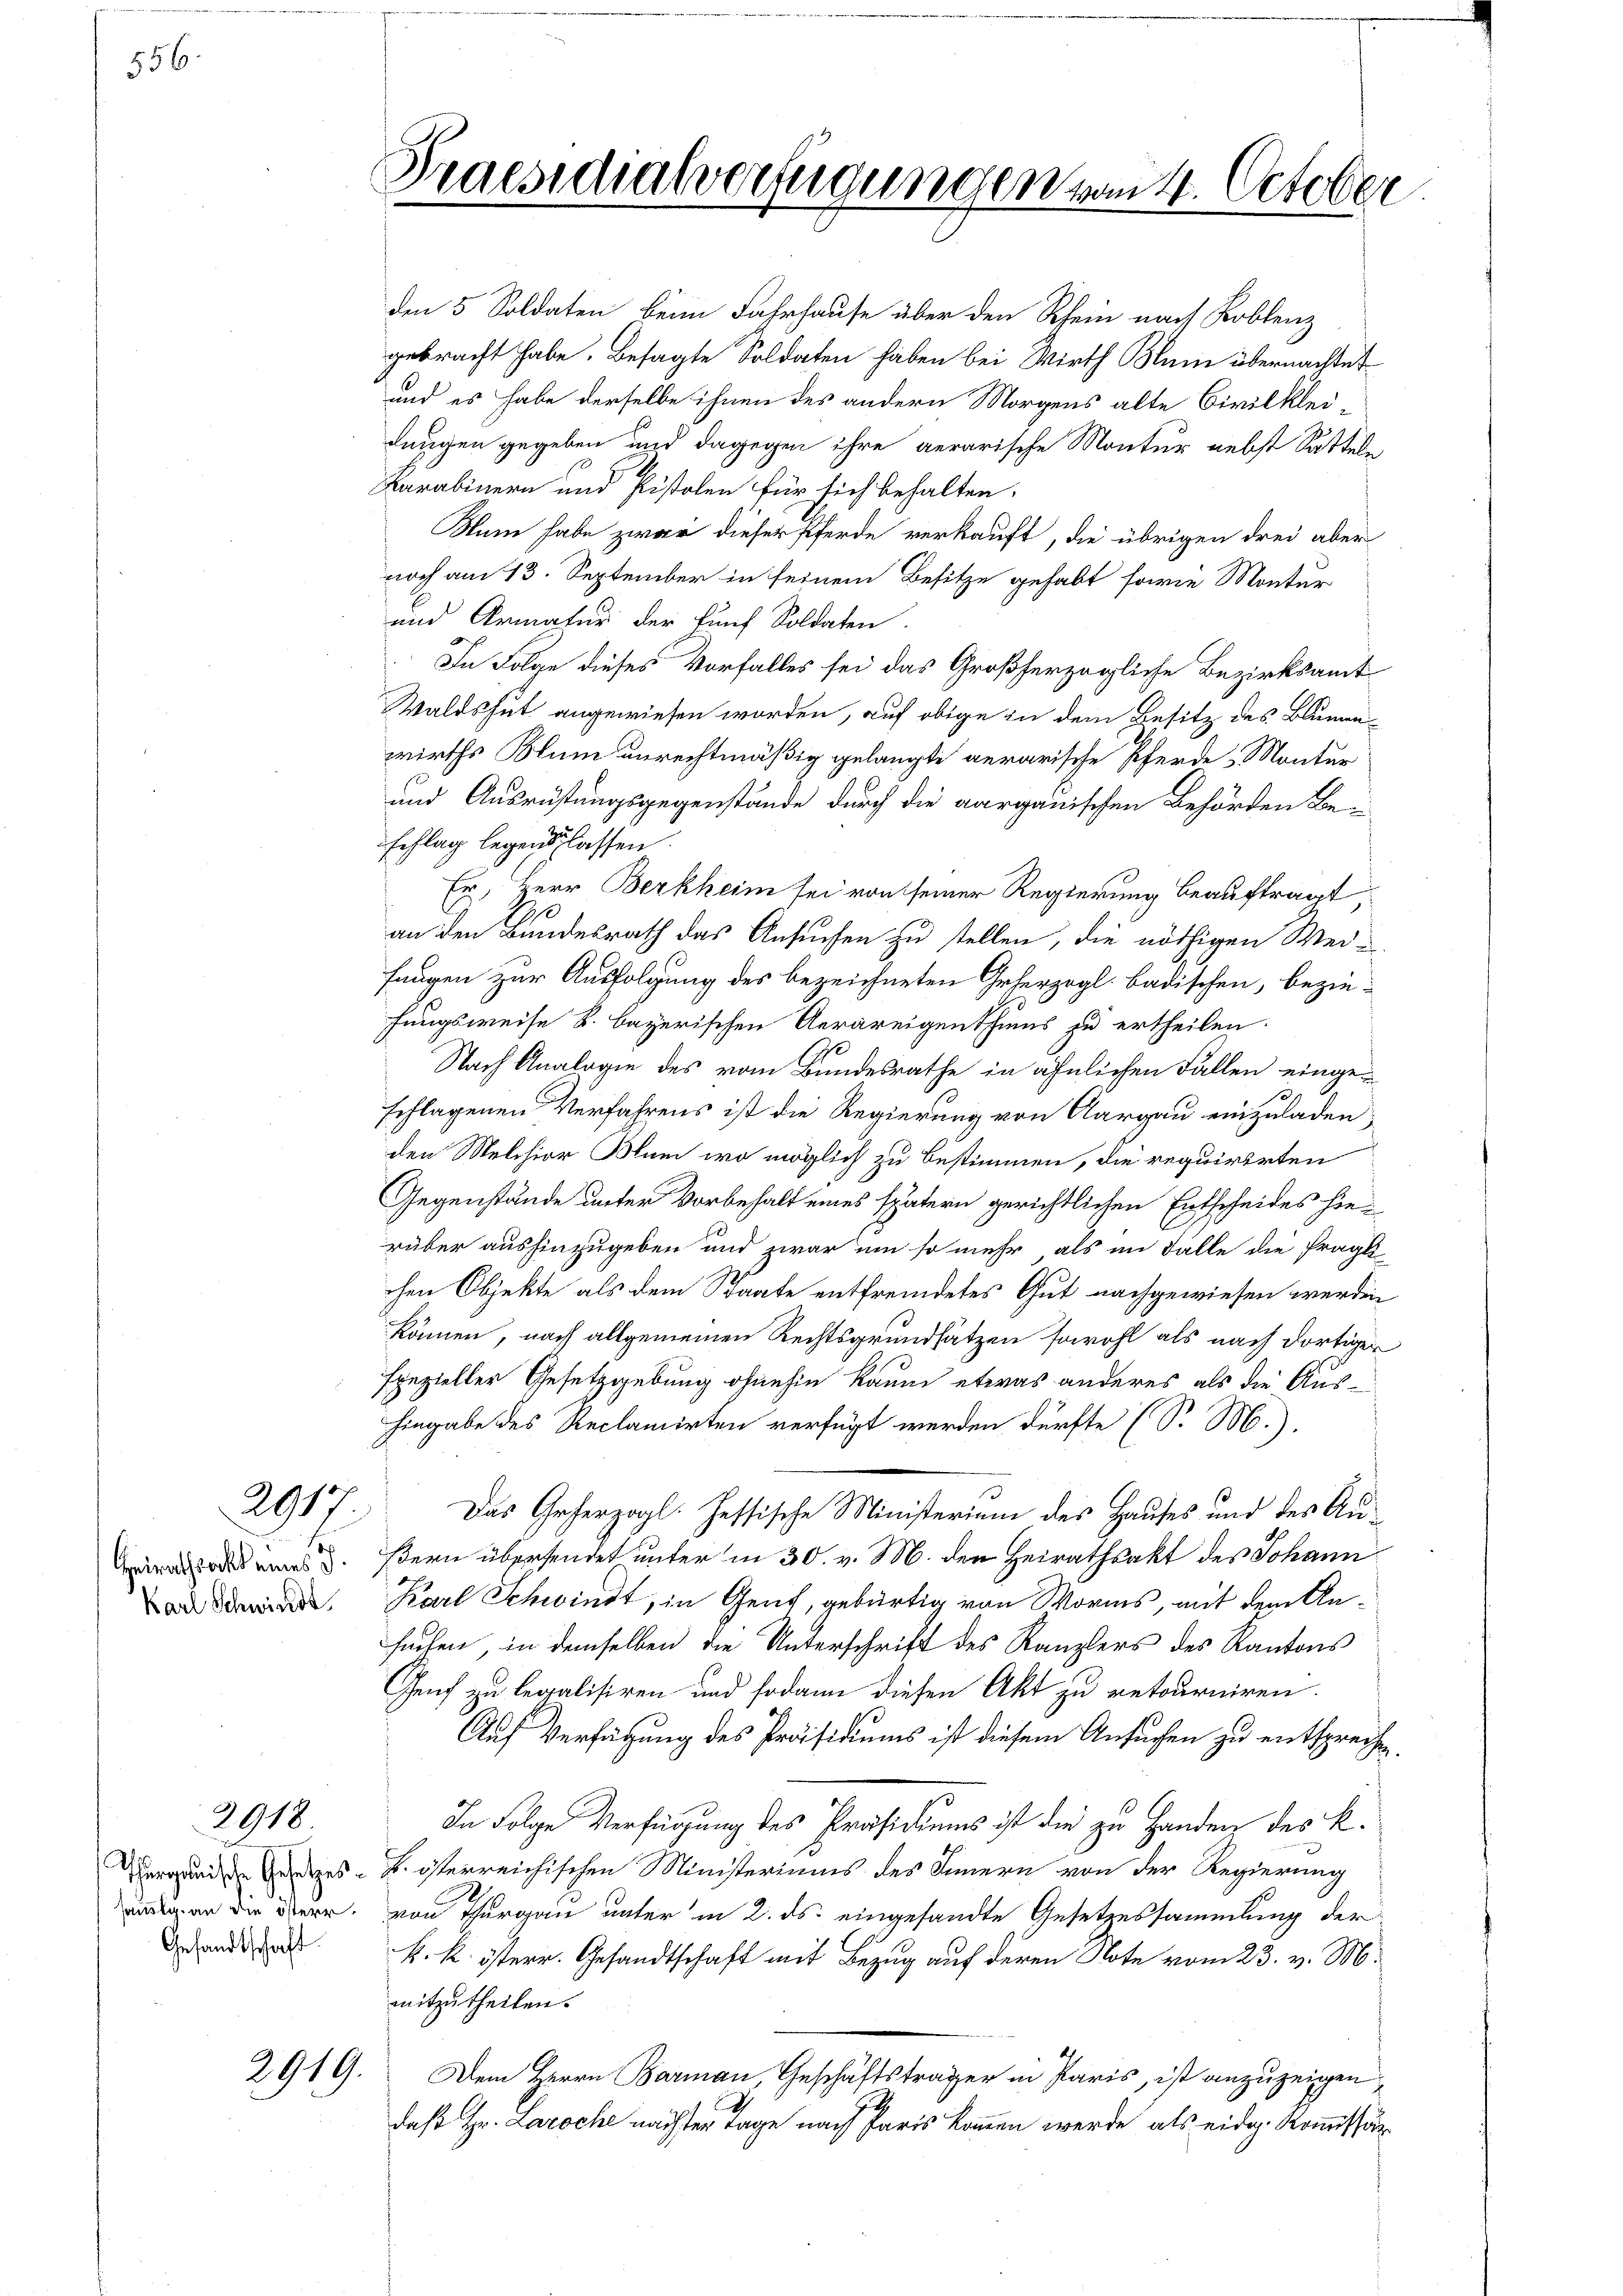
556.

2917.

Karl Schwinde

2918

Gesandtschaft

2919.

Praesidialverfügungen vom 4. October
f

den 5 Soldaten beim Fahrhause über den Rhein nach Koblenz
gebracht habe. Besagte Soldaten haben bei Wirth Blum übernachtet
und es habe derselbe ihnen des andern Morgens alte Civilkleilungen gegeben und dagegen ihre aerarische Montur nebst Satteln
Karabinern und Pistolen für sich behalten.
Kum habe zwar dieser Pferde verkauft, die übrigen drei aber
noch am 13. September in seinem Besitze gehabt, sowie Montur
und Armater der fünf Soldaten.
In Folge dieses Vorfalles sei das Großherzogliche Bezirksamt
Waldshut angewiesen worden, auf obige in dem Besitz des Blumenwirths Blum unrechtmäßig gelangte aerarische Pferde Montur
und Ausrüstungsgegenstände durch die aargauischen Behörden Be-
schlag legenschlassen.
Er, Herr Berkheim sei von seiner Regierung beauftragt,
1
an den Bundesrath das Ansuchen zu stellen, die nöthigen Wei-
fangen zur Ausfolgung des bezeichneten Geherzogl. badischen, beziefungsweise k. bayerischen Aerareigenthums zu ertheilen.
Nach Analogie des vom Bundesrathe in ähnlichen Fällen einge¬
129
schlagenen Verfahrens ist die Regierung von Aargau einzuladen,
den Melchior Blum, wo möglich zu bestimmen, die requirirten
Gegenstände unter Vorbehalt eines spätern gerichtlichen Entscheides hierüber aushinzugeben und zwar um so mehr als im Falle die fragli-
chen Objekte als dem Staate entfremdetes Gut nachgewiesen werden
können, nach allgemeinen Rechtsgrundsätzen sowohl als nach dortiger
fpezieller Gesetzgebung ohnehin kaum etwas anderes als die Aushingabe des Reclamirten verfügt werden dürfte (S. M.)
Das Geherzogl. Hessische Ministerium des Hauses und des Au¬
 s. Bern übersendet unter in 30. v. M. den Heirathsakt des Johann
Karl Schwindt, in Genf, gebürtig von Worms, mit dem Ansuchen, in demselben die Unterschrift des Kanzlers des Kantons
Genf zu legalisiren und sodann diesen Akt zu retourniren.
Auf Verfügung des Präsidiums ist diesem Ansuchen zu entsprechen.
In Folge Verfügung des Präsidiums ist die zu Handen des k.
Vergende Gesetzes - k. österreichischen Ministeriums des Innern von der Regierung
 an die Verr, von Thurgau unter in 2. ds. eingesandte Gesetzessammlung der
k. k. österr. Gesandtschaft mit Bezug auf deren Note vom 23. v. M.
mitzutheilen.
Dem Herrn Barmann, Geschäftsträger in Paris, ist anzuzeigen,
daß Hr. Laroche nächster Tage nach Paris kommen werde, als eidg. Kommissär